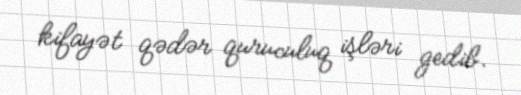
kifayət qədər quruculuq işləri gedib.